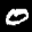
Label: 0